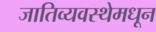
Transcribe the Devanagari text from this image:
जातिव्यवस्थेमधून